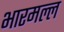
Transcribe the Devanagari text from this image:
भारमल्ल